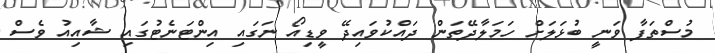
މުސްތަފާ ވަނީ ބުޅަލަށް ހަމަލާދޭތަން ދައްކުވައިދޭ ވީޑިއޯ ނަގައި އިންޓަނެޓުގައި ޝާއިއު ވެސް